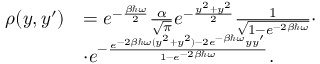
\begin{array} { r l } { \rho ( y , y ^ { \prime } ) } & { = e ^ { - \frac { \beta \hbar \omega } { 2 } } \frac { \alpha } { \sqrt { \pi } } e ^ { - \frac { y ^ { 2 } + y ^ { 2 } } { 2 } } \frac { 1 } { \sqrt { 1 - e ^ { - 2 \beta \hbar \omega } } } \cdot } \\ & { \cdot e ^ { - \frac { e ^ { - 2 \beta \hbar \omega ( y ^ { 2 } + y ^ { 2 } ) - 2 e ^ { - \beta \hbar \omega } y y ^ { \prime } } } { 1 - e ^ { - 2 \beta \hbar \omega } } } . } \end{array}